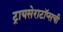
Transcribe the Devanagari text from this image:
ट्रायसेराटॉप्सची